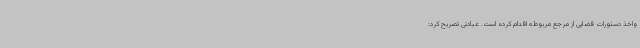
واخذ دستورات قضایی از مرجع مربوطه اقدام کرده است. عبادتی تصریح کرد: